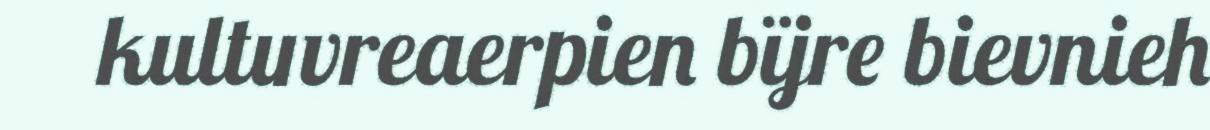
kultuvreaerpien bïjre bievnieh